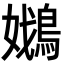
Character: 𡣴